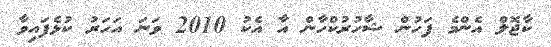
ކާޖޮލް އެންމެ ފަހުން ޝާހުރުކްހާން އާ އެކު 2010 ވަނަ އަހަރު ކުޅެފައިވާ